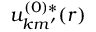
u _ { \boldsymbol { k } m ^ { \prime } } ^ { ( 0 ) * } ( \boldsymbol { r } )